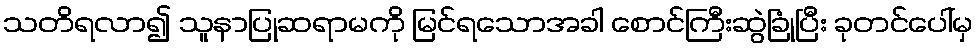
သတိရလာ၍ သူနာပြုဆရာမကို မြင်ရသောအခါ စောင်ကြီးဆွဲခြုံပြီး ခုတင်ပေါ်မှ